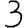
Digit: 3